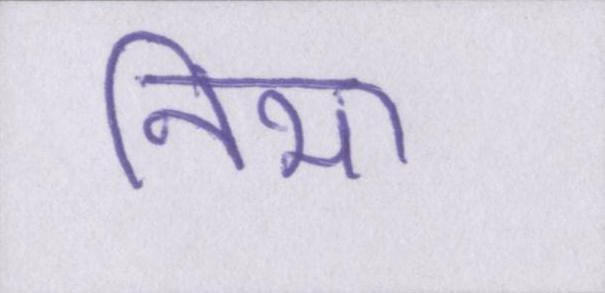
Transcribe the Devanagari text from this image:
निभा